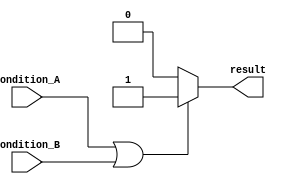
module if_else_logical_OR (
    input wire condition_A,
    input wire condition_B,
    output reg result
);

always @(*) begin
    if (condition_A || condition_B) begin
        result = 1; // execute if block
    end
    else begin
        result = 0; // execute else block
    end
end

endmodule